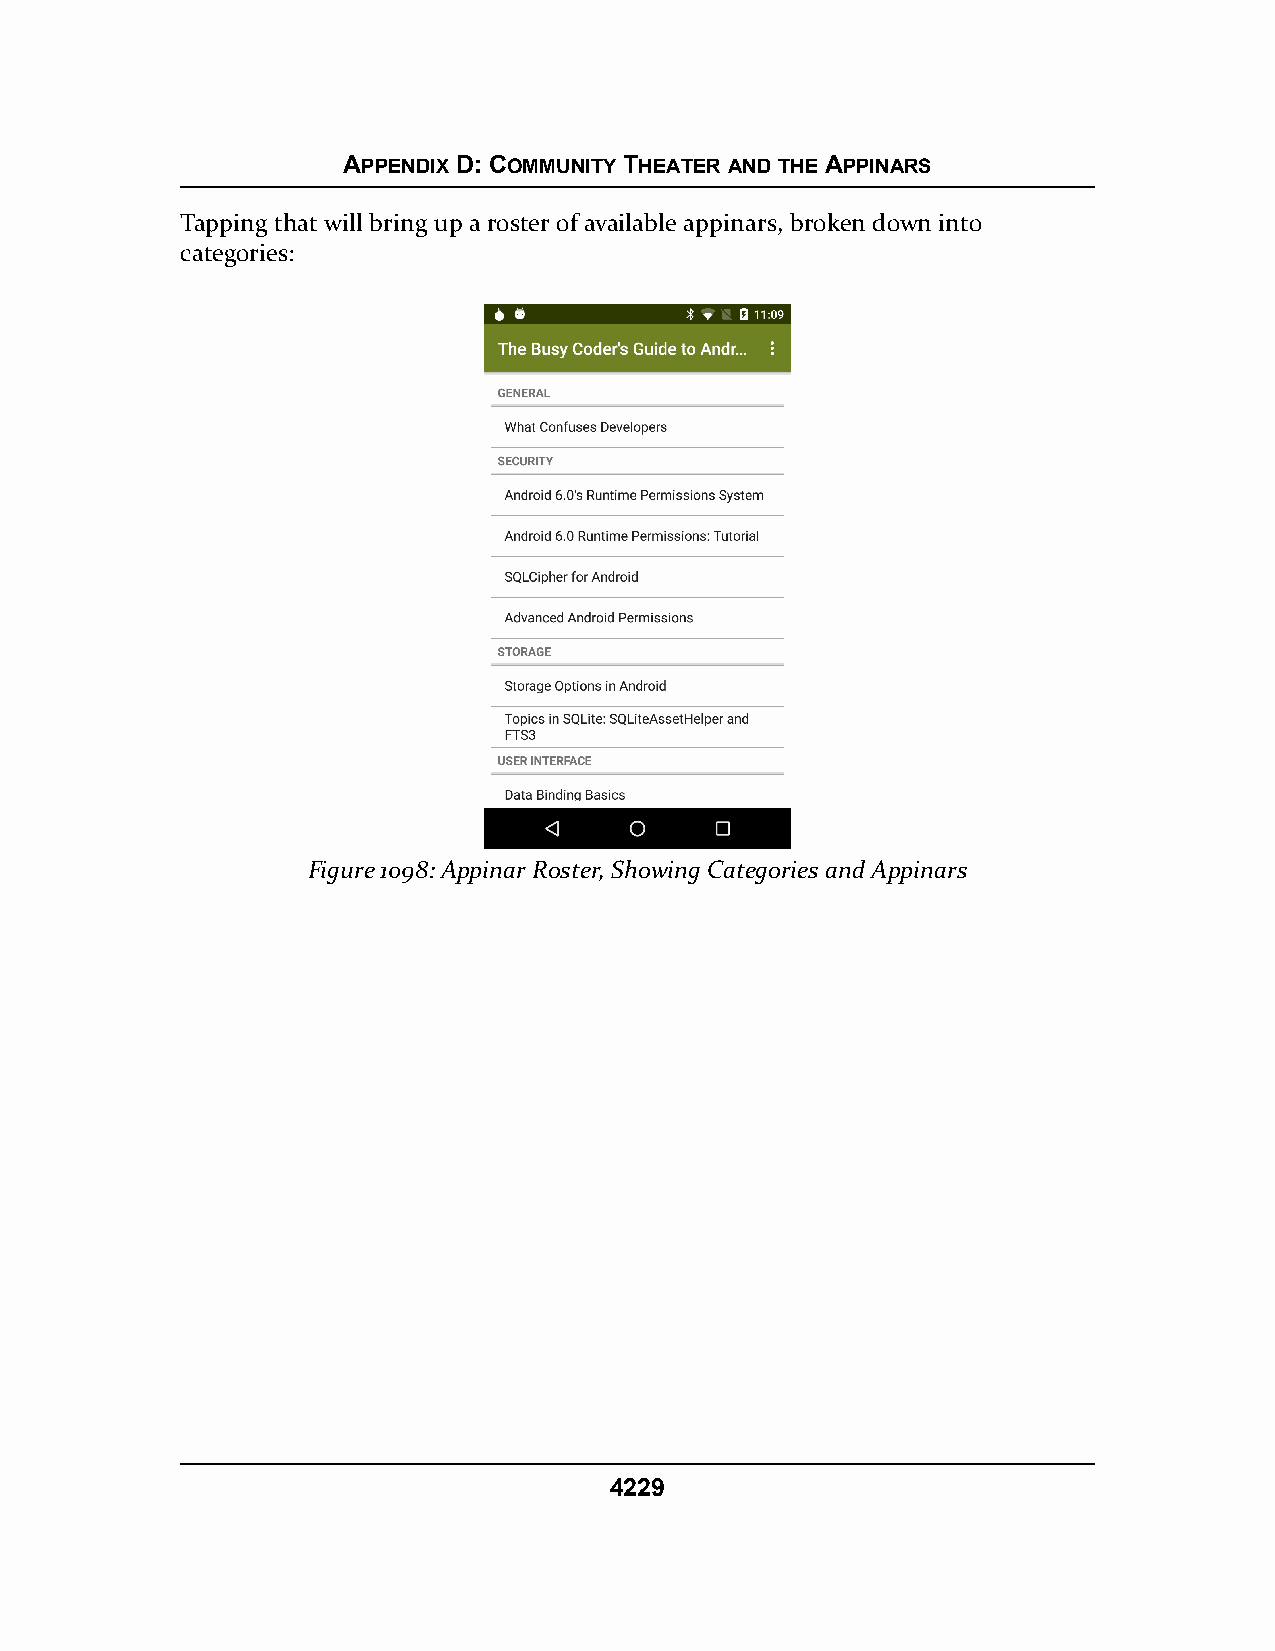
APPENDIX D: COMMUNITY THEATER AND THE APPINARS
 Tapping that will bring up a roster of available appinars, broken down into
 categories:
 Figure 1098: Appinar Roster, Showing Categories and Appinars
 4229